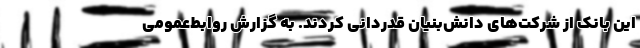
این بانک از شرکت‌های دانش‌بنیان قدردانی کردند. به گزارش روابط‌عمومی